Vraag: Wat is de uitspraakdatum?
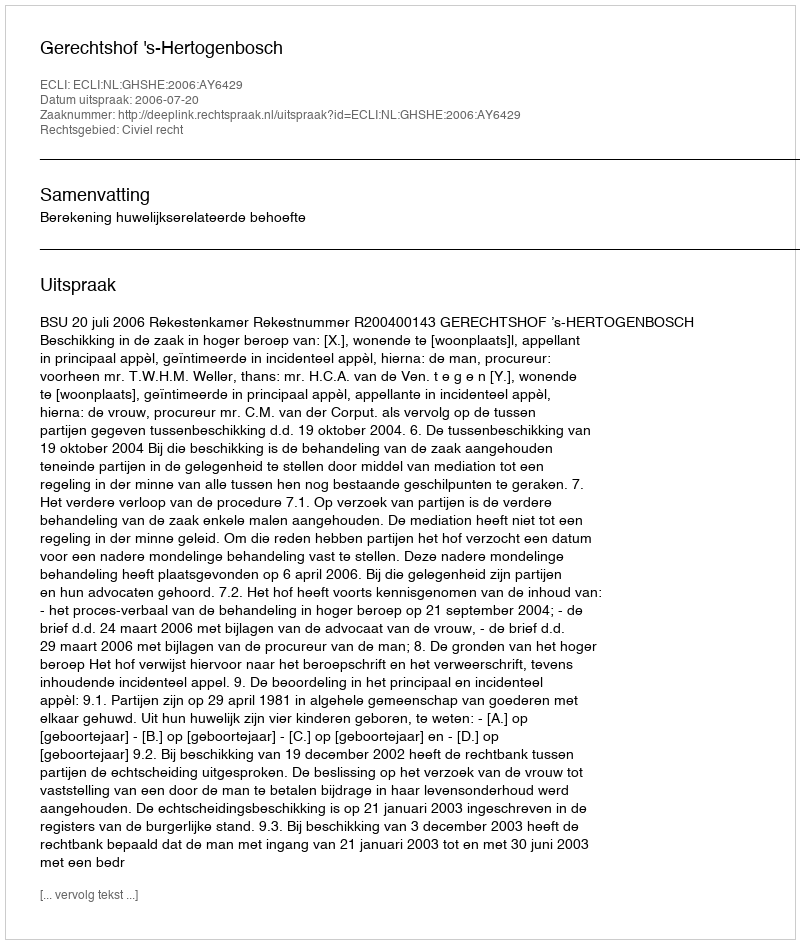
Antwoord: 2006-07-20